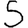
Digit: 5